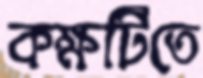
কক্ষটিতে